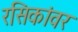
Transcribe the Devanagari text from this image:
रसिकांवर